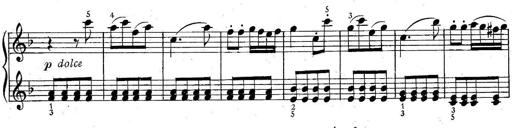
Title: 6 Easy Sonatinas
Composer: Carl Czerny